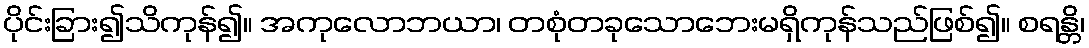
ပိုင်းခြား၍သိကုန်၍။ အကုလောဘယာ၊ တစုံတခုသောဘေးမရှိကုန်သည်ဖြစ်၍။ စရန္တိ၊